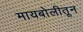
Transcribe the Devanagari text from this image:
मायबोलीतून